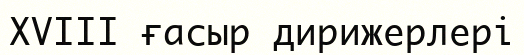
XVIII ғасыр дирижерлері